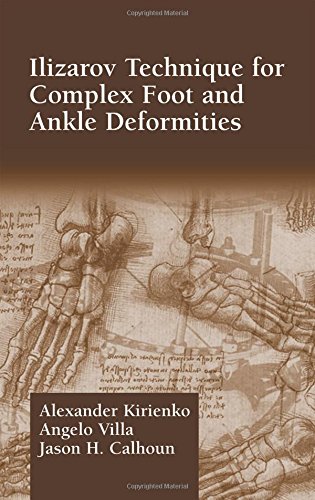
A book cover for Ilizarov Technique for Complex Foot and Ankle Deformities; Alexander Kirienko; Medical Books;